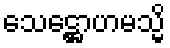
သေဋ္ဌောဟမသ္မိ